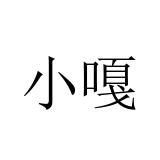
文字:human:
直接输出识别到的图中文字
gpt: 小嘎